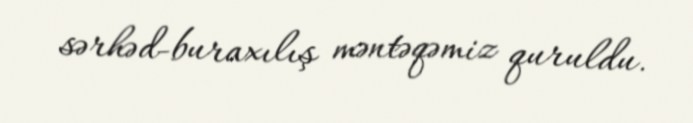
sərhəd-buraxılış məntəqəmiz quruldu.